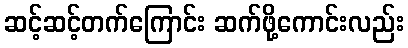
ဆင့်ဆင့်တက်ကြောင်း ဆက်ဖို့ကောင်းလည်း